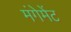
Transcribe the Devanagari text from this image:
मंगेमेंट